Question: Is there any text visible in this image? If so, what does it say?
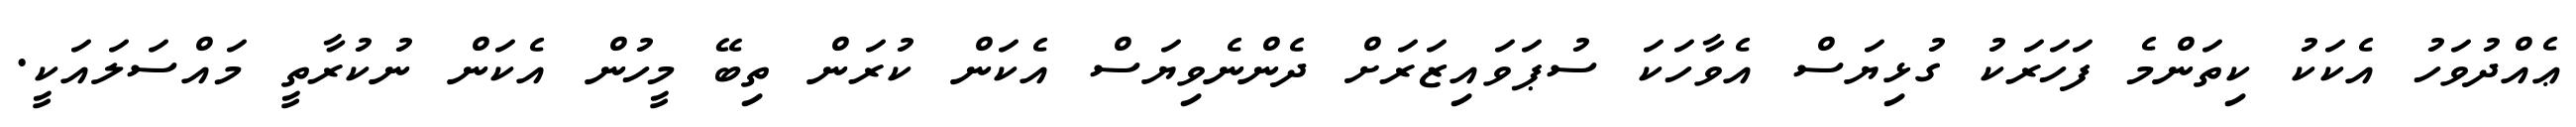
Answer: ޢެއްދުވަހު އެކަކު ކިތަންމެ ފަހަރަކު ގުޅިޔަސް އެވާހަކަ ސުޕަވައިޒަރަށް ދެންނެވިޔަސް އެކަން ކުރަން ތިބޭ މީހުން އެކަން ނުކުރާތީ މައްސަލައަކީ.